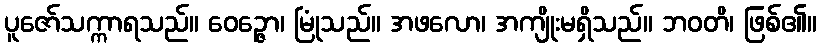
ပူဇော်သက္ကာရသည်။ ဝေဉ္ဇော၊ မြုံသည်။ အဖလော၊ အကျိုးမရှိသည်။ ဘဝတိ၊ ဖြစ်၏။